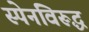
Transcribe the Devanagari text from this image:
स्पेनविरूद्ध